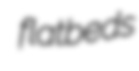
flatbeds